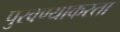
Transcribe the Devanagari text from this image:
पुरवण्याकरता